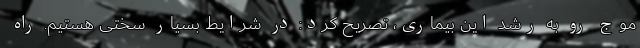
موج رو به رشد این بیماری، تصریح کرد: در شرایط بسیار سختی هستیم. راه